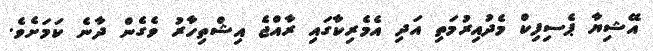
އޭޝިޔާ ޕެސިފިކް މެދުއިރުމަތި އަދި އެމެރިކާގައި ރާއްޖެ އިޝްތިހާރު ވެގެން ދާނެ ކަމަށެވެ.